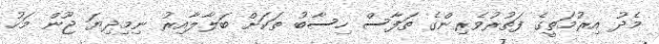
މެދު އިރުމަތީގެ ފަތުރުވެރިންގެ ތަފާސް ހިސާބު ތަކަށް ބަލާލާއިރު ނިމިދިޔަ ޖޫން މަހު